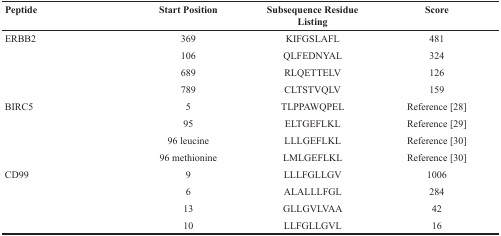
<table><thead><tr><td><b>Peptide</b></td><td><b>Start Position</b></td><td><b>Subsequence Residue Listing</b></td><td><b>Score</b></td></tr></thead><tbody><tr><td rowspan="4">ERBB2</td><td>369</td><td>KIFGSLAFL</td><td>481</td></tr><tr><td>106</td><td>QLFEDNYAL</td><td>324</td></tr><tr><td>689</td><td>RLQETTELV</td><td>126</td></tr><tr><td>789</td><td>CLTSTVQLV</td><td>159</td></tr><tr><td rowspan="4">BIRC5</td><td>5</td><td>TLPPAWQPEL</td><td>Reference [28]</td></tr><tr><td>95</td><td>ELTGEFLKL</td><td>Reference [29]</td></tr><tr><td>96 leucine</td><td>LLLGEFLKL</td><td>Reference [30]</td></tr><tr><td>96 methionine</td><td>LMLGEFLKL</td><td>Reference [30]</td></tr><tr><td rowspan="4">CD99</td><td>9</td><td>LLLFGLLGV</td><td>1006</td></tr><tr><td>6</td><td>ALALLLFGL</td><td>284</td></tr><tr><td>13</td><td>GLLGVLVAA</td><td>42</td></tr><tr><td>10</td><td>LLFGLLGVL</td><td>16</td></tr></tbody></table>